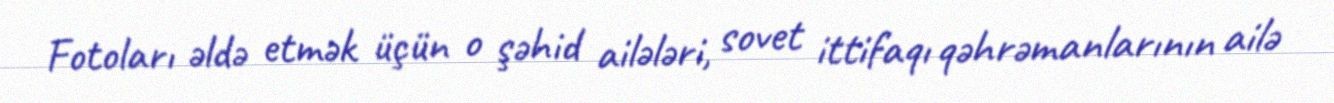
Fotoları əldə etmək üçün o şəhid ailələri, sovet ittifaqı qəhrəmanlarının ailə